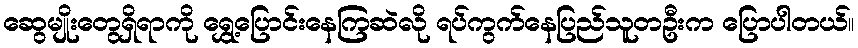
ဆွေမျိုးတွေရှိရာကို ရွှေ့ပြောင်းနေကြဆဲလို ရပ်ကွက်နေပြည်သူတဦးက ပြောပါတယ်။